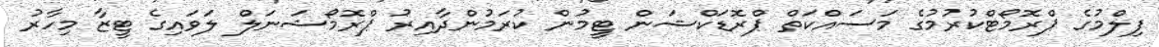
ފިލްމުގެ ޕްރޮމޯޓްކުރުމުގެ މަސައްކަތް ޕްރޮޑަކްޝަން ޓީމުން ކުރަމުންދާއިރު ޕްރޮމޯޝަނަލް ލަވައިގެ ޓީޒާ މިހާރު